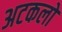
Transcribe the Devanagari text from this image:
अटकलो